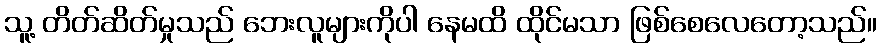
သူ့ တိတ်ဆိတ်မှုသည် ဘေးလူများကိုပါ နေမထိ ထိုင်မသာ ဖြစ်စေလေတော့သည်။